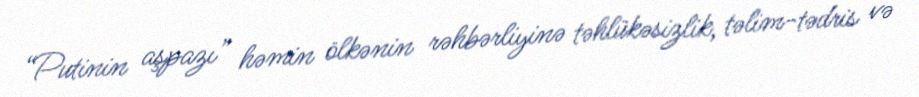
“Putinin aşpazı” həmin ölkənin rəhbərliyinə təhlükəsizlik, təlim-tədris və